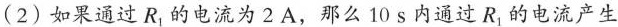
(2)如果通过R_{1} 的电流为2A，那么10s内通过 R_{1} 的电流产生